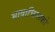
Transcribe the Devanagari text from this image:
भाषाचिन्तको